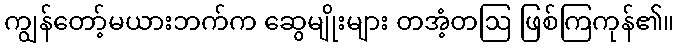
ကျွန်တော့်မယားဘက်က ဆွေမျိုးများ တအံ့တဩ ဖြစ်ကြကုန်၏။